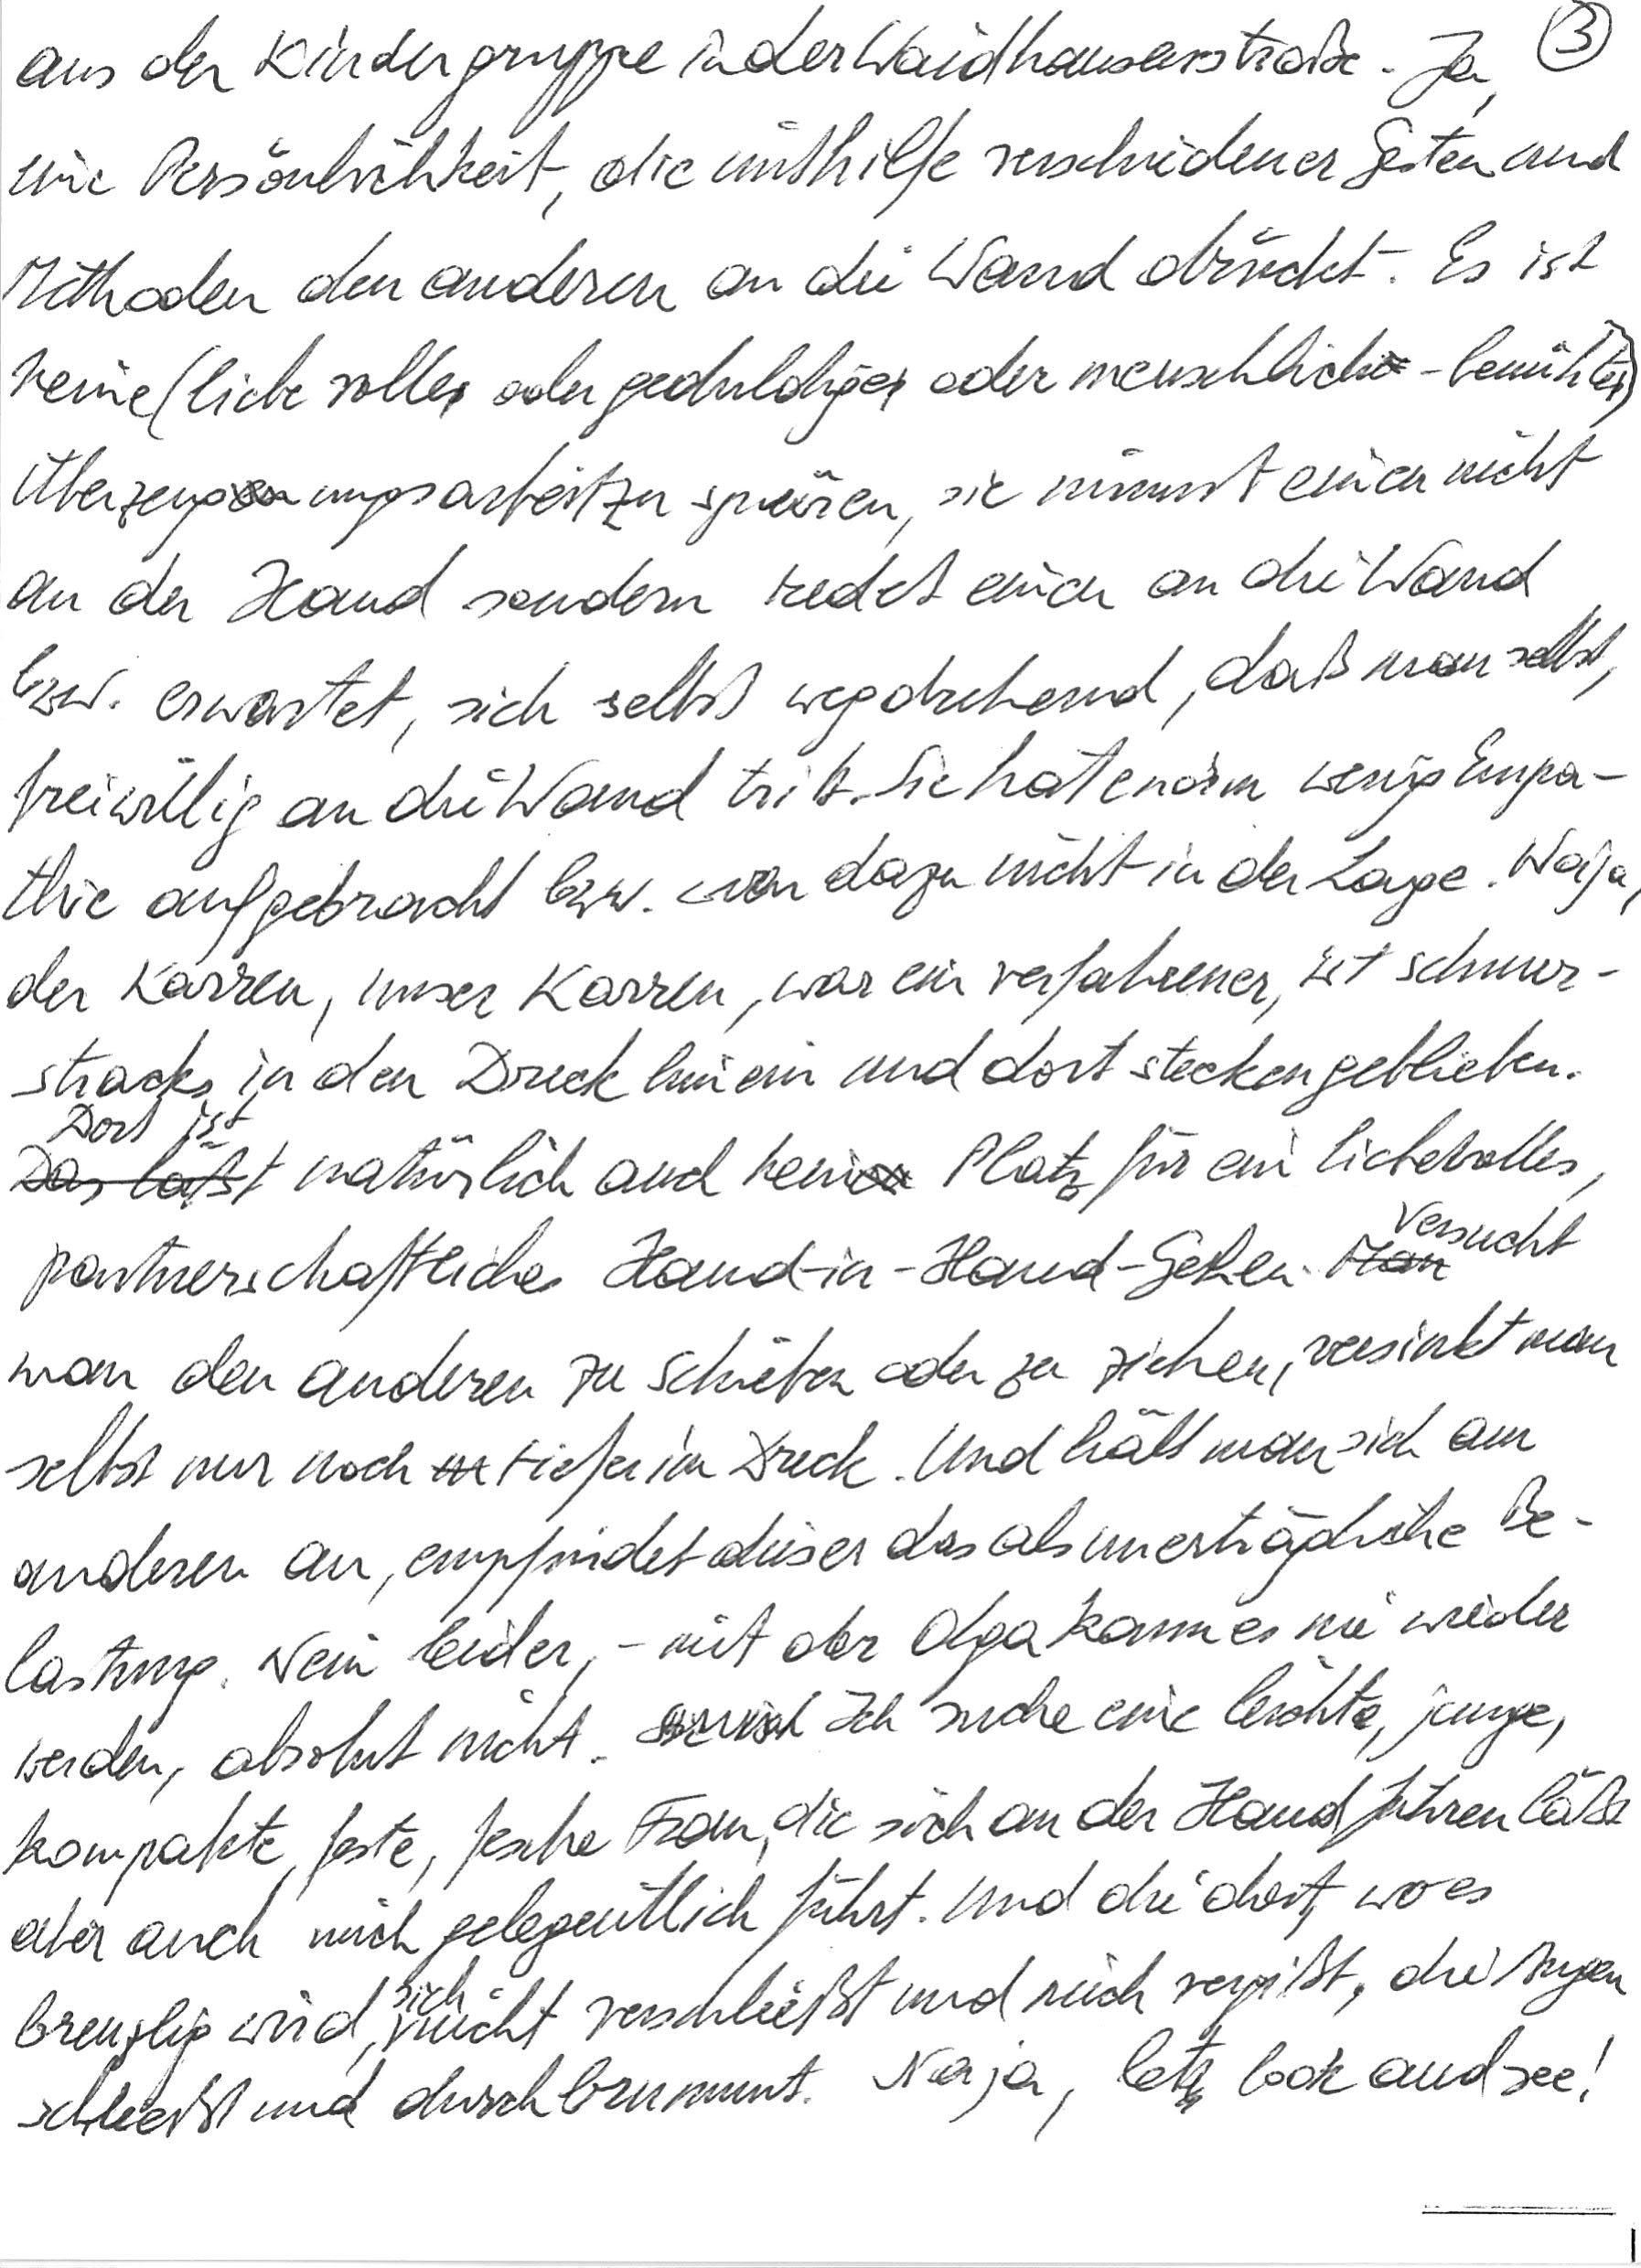
aus der Kindergruppe in der Waidhausenstraße. Ja,
eine Persönlichkeit, die mithilfe verschiedener Gesten und
Methoden den anderen an die Wand drückt. Es ist
keine (liebevolle oder geduldige oder menschlich-bemühte)
Überzeugungsarbeit zu spüren, sie nimmt einen nicht
an der Hand sondern redet einen an die Wand
bzw. erwartet, sich selbst wegdrehend, daß man selbst,
freiwillig an die Wand tritt. Sie hat enorm wenig Empa-
thie aufgebracht bzw. war dazu nicht in der Lage. Naja,
der Karren, unser Karren, war ein verfahrener, ist schnur-
stracks in den Dreck hinein und dort steckengeblieben.
Dort ist natürlich auch kein Platz für ein liebevolles,
partnerschaftliches Hand-in-Hand-Gehen. Versucht
man den anderen zu schieben oder zu ziehen, versinkt man
selbst nur noch tiefer im Dreck. Und hält man sich am
anderen an, empfindet dieser das als unerträgliche Be-
lastung. Nein, leider, – mit der Olga kann es nie wieder
werden, absolut nicht. Ich suche eine leichte, junge,
kompakte, feste, fesche Frau, die sich an der Hand führen läßt
aber auch mich gelegentlich führt. Und die dort, wo es
brenzlig wird, sich nicht verschließt und mich vergißt, die Augen
schließt und durchbrummt. Naja, lets look and see!